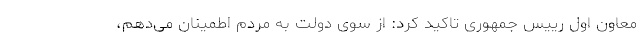
معاون اول رییس جمهوری تاکید کرد: از سوی دولت به مردم اطمینان می‌دهم،